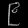
Digit: ၉